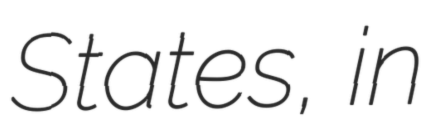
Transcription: States, in